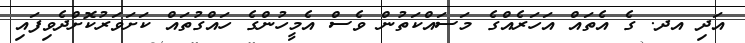
އަދި އދ. ގެ އެތައް އަހަރެއްގެ މަސައްކަތުން ވެސް އެމީހުންގެ ހައްގުތައް ކަށަވަރުކޮށްދެވިފައި